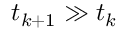
t _ { k + 1 } \gg t _ { k }